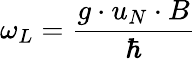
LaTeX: \omega_{L}={\frac{g\cdot u_{N}\cdot B}{\hbar}}